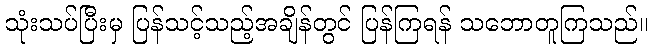
သုံးသပ်ပြီးမှ ပြန်သင့်သည့်အချိန်တွင် ပြန်ကြရန် သဘောတူကြသည်။